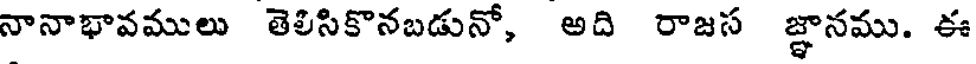
నానాభావములు తెలిసికొనబడునో, అది రాజస జ్ఞానము. ఈ